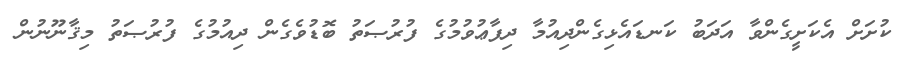
ކުށަށް އެކަށީގެންވާ އަދަބު ކަނޑައެޅިގެންދިއުމާ ދިފާޢުވުމުގެ ފުރުޞަތު ބޮޑުވެގެން ދިއުމުގެ ފުރުޞަތު މިޤާނޫނުން